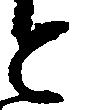
と